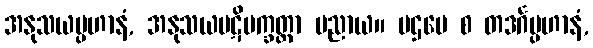
အနုသယပ္ပဟာနံ, အနုသယပဋိပက္ခတ္တာ ပညာယ။ ပဌမေ စ တဒင်္ဂပ္ပဟာနံ,